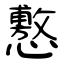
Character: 懯